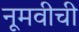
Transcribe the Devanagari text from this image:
नूमवीची